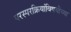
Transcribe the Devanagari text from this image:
परस्परक्रियांविषयीच्या